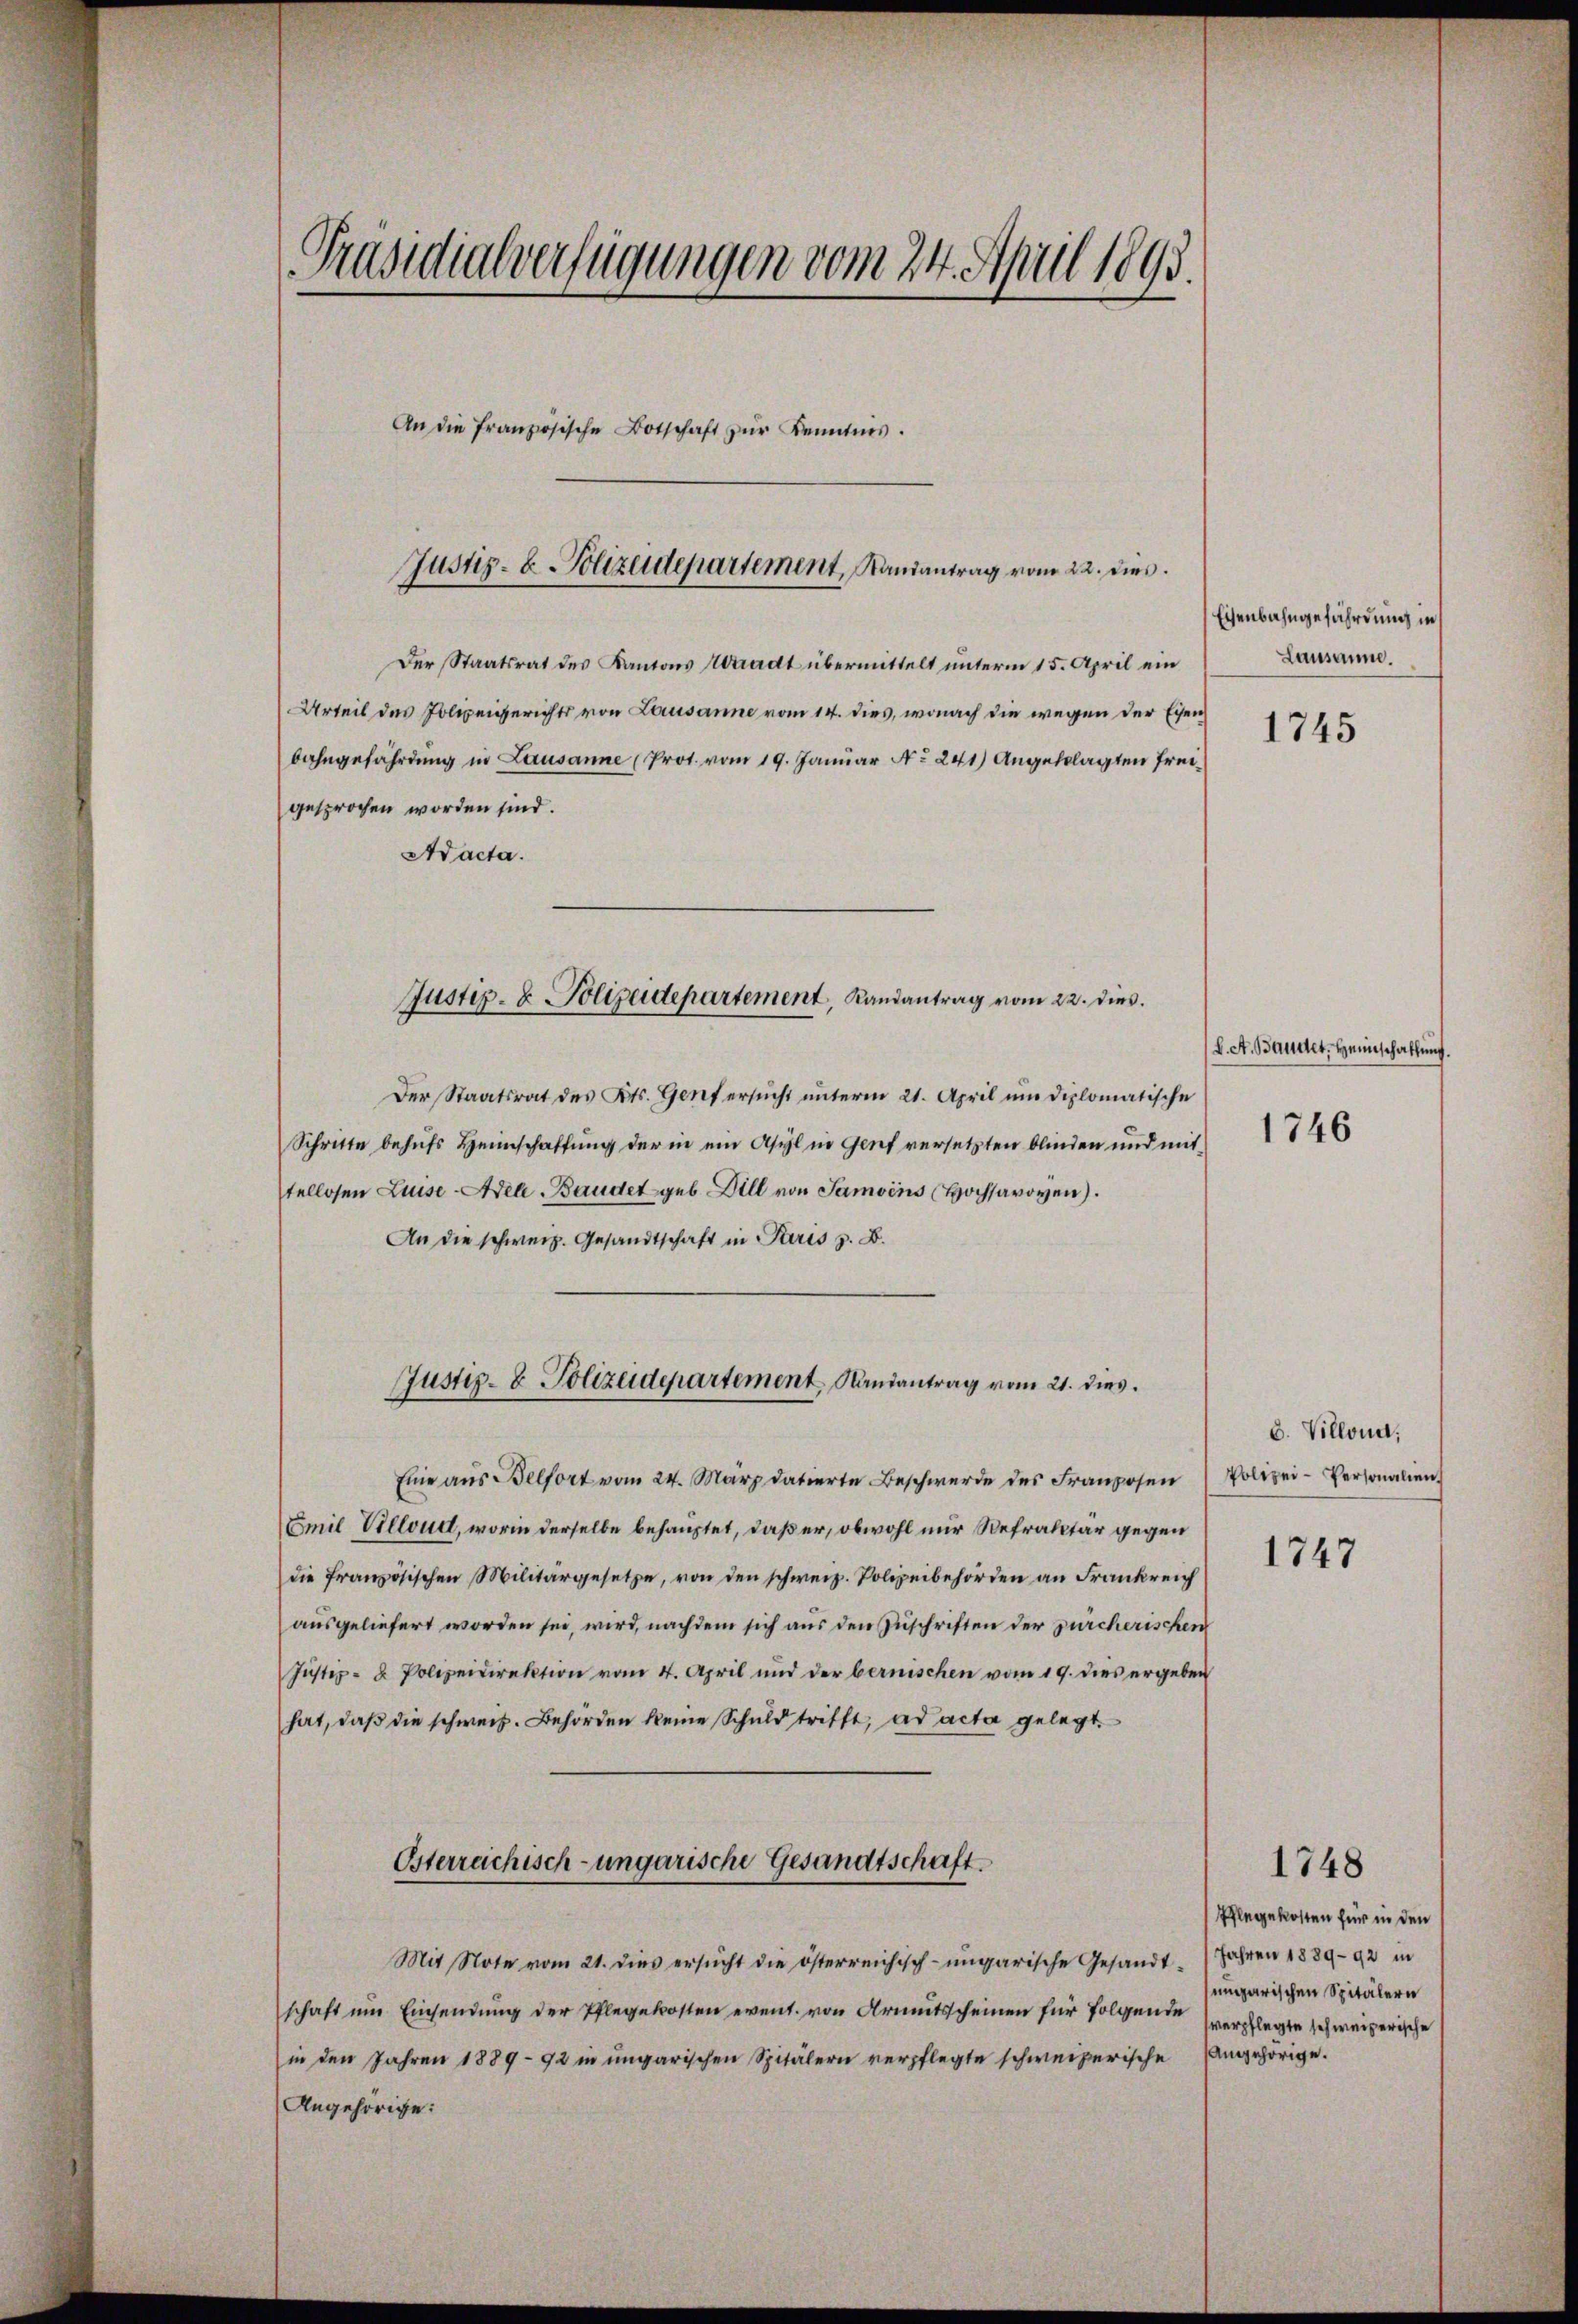
Präsidialverfügungen vom 24. April 1893.
An die französische Botschaft zŭr Kenntnis.

Justiz- & Polizeidepartement, Randantrag vom 22. dies

Justiz- & Polizeidepartement, Landantrag vom 22. dies

Der Staatsrat des Kantons Waadt übermittelt unterm 15. April ein
Urteil des Polizeigerichts von Lausanne vom 14. dies, wonach die wegen der Eisen
bahngefährdung in Lausanne (Prot. vom 19. Januar No. 241) Angeklagten Freigesprochen worden sind.
Aacta.
Der Staatsrat des Kts. Genf ersŭcht ŭnterm 21. April ŭm diplomatische
Schritte behufs Heimschaffung der in ein Asyl in Genf versetzten blinden und mit
tellosen Luise Adel-Baudet geb. Dill von Samoins Hochsavoyen).
An die schweiz. Gesandtschaft in Paris z. B.
Justiz- & Polizeidepartement Randantrag vom 21. dies
Eine aus Belfort vom 24. März datierte Beschwerde des Franzosen
Emil Villud, worin derselbe behauptet, daß er, obwohl nur Refraktär gegen
die französischen Militärgesetze, von den schweiz. Polizeibehörden an Frankreich
ausgeliefert worden sei, wird, nachdem sich aus den Zuschriften der zürcherischen
Justiz- & Polizeidirektion vom 4. April und der bernischen vom 19. dies ergeben
hat, daβ die schweiz. Behörden keine Schuld trifft, ad acta gelegt.
Osterreichisch-ungarische Gesandtschaft.
Mit Note vom 21. dies ersŭcht die österreichisch-ungarische Gesandt-
schaft ŭm Einsendŭng der Pflegekosten event. von Armutsscheinen für folgende verlegte schweizerische
in den Jahren 1889 - 92 in ungarischen Spitälern verpflegte schweizerische Angehörige.
Angehörige.

Eisenbahngefährdung in
Lausanne.

1745

(L. A. Baudet. Heimschaftung.

1746

b. Villond,
Polizei-Personalien.
1747

Pflegekosten für in den
Jahren 1889-92 in
ungarischen Spitälern

1748